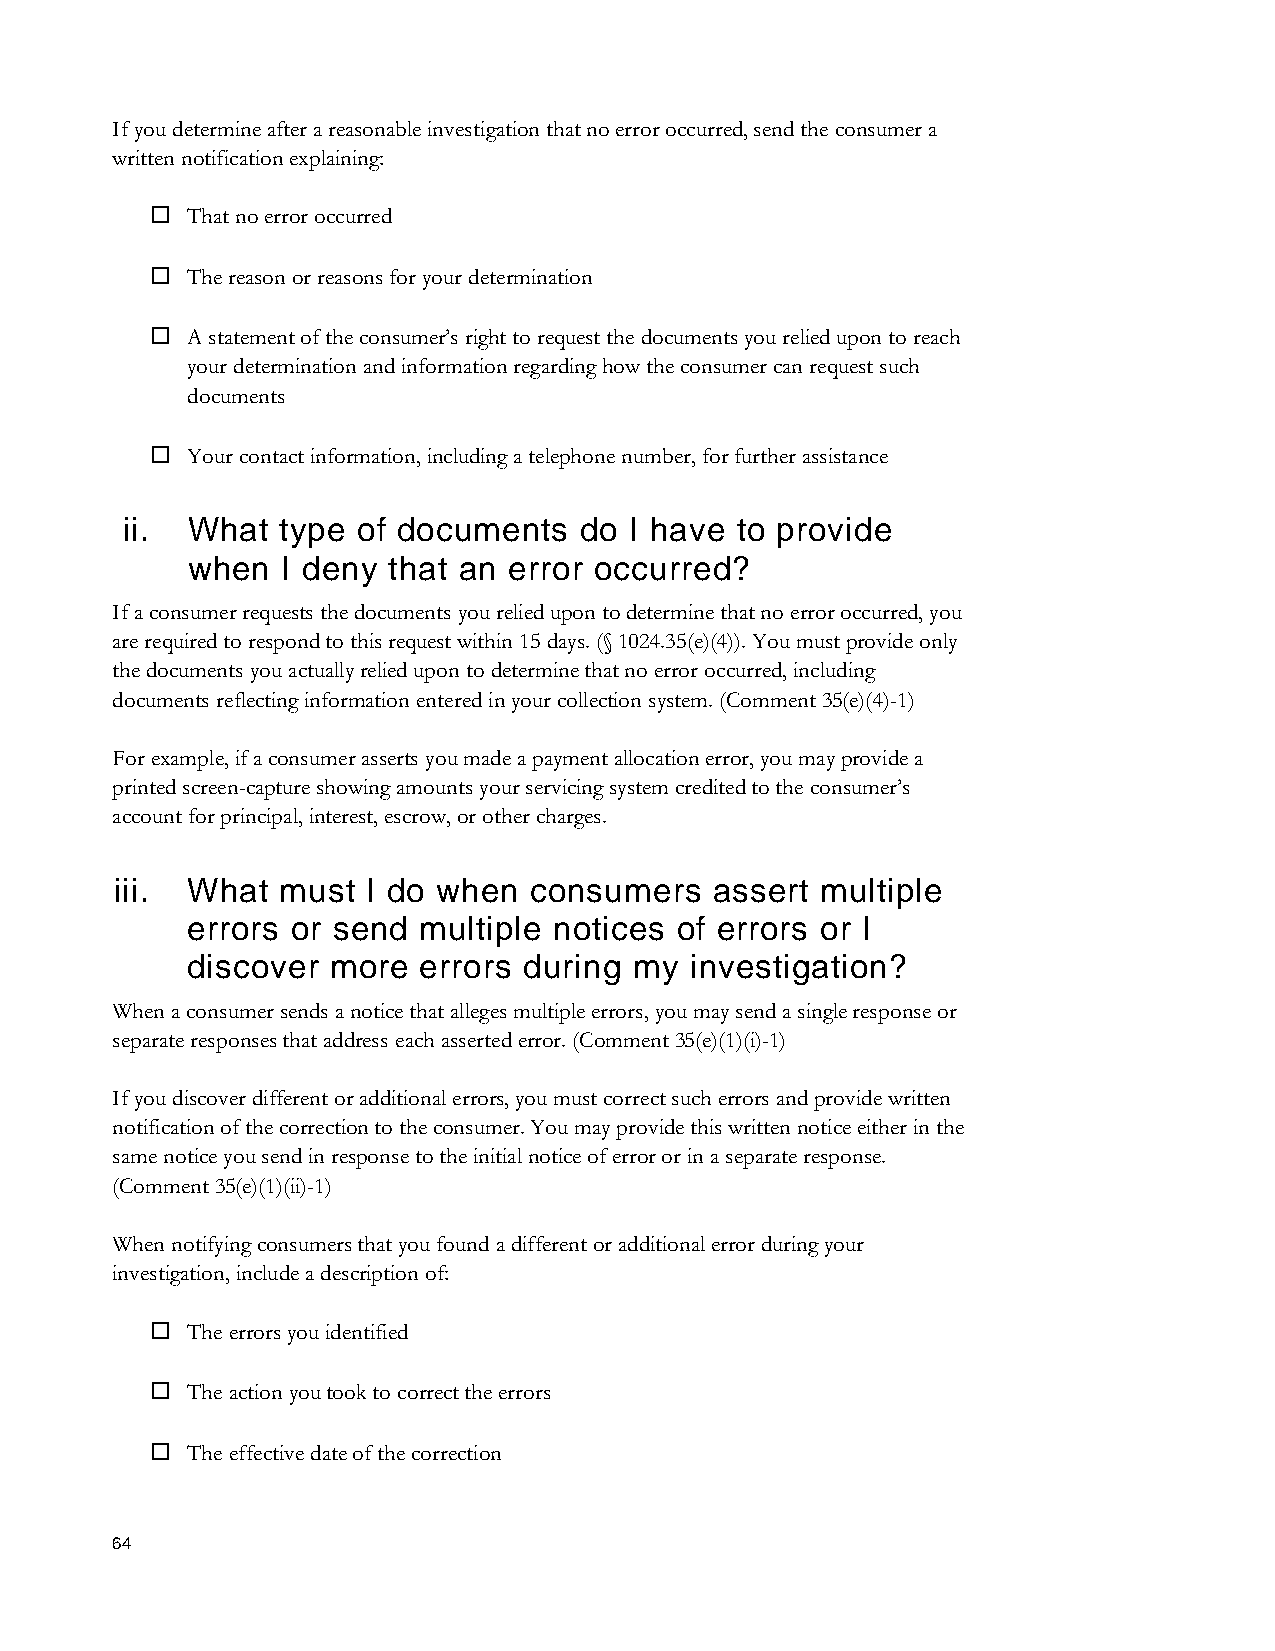
If you determine after a reasonable investigation that no error occurred, send the consumer a
 written notification explaining:
  That no error occurred
  The reason or reasons for your determination
  A statement of the consumer’s right to request the documents you relied upon to reach
 your determination and information regarding how the consumer can request such
 documents
  Your contact information, including a telephone number, for further assistance
 ii. What   type of documents  do  I have to provide
 when   I deny that an error occurred?
 If a consumer requests the documents you relied upon to determine that no error occurred, you
 are required to respond to this request within 15 days. (§ 1024.35(e)(4)). You must provide only
 the documents you actually relied upon to determine that no error occurred, including
 documents reflecting information entered in your collection system. (Comment 35(e)(4)-1)
 For example, if a consumer asserts you made a payment allocation error, you may provide a
 printed screen-capture showing amounts your servicing system credited to the consumer’s
 account for principal, interest, escrow, or other charges.
 iii. What  must I do when  consumers   assert multiple
 errors or send  multiple notices of errors or I
 discover  more  errors during my  investigation?
 When a consumer sends a notice that alleges multiple errors, you may send a single response or
 separate responses that address each asserted error. (Comment 35(e)(1)(i)-1)
 If you discover different or additional errors, you must correct such errors and provide written
 notification of the correction to the consumer. You may provide this written notice either in the
 same notice you send in response to the initial notice of error or in a separate response.
 (Comment 35(e)(1)(ii)-1)
 When notifying consumers that you found a different or additional error during your
 investigation, include a description of:
  The errors you identified
  The action you took to correct the errors
  The effective date of the correction
 64